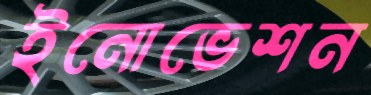
ইনোভেশন